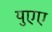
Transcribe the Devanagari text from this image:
युएए